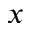
_ x